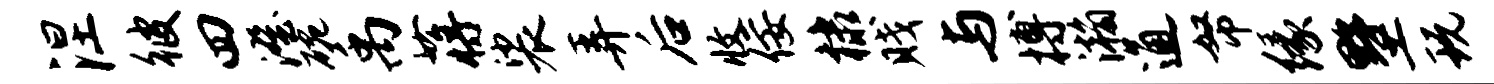
涅彼四澄碗禹蒋裟弄后收佞棣贱与搏瀚通帑缘墅玩